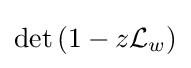
\det \left(1-z{\mathcal {L}}_{w}\right)